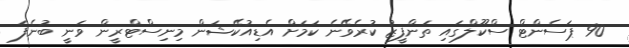
90 ޕަސެންޓް ސްކޫލްގައި ތަންފީޒު ކުރެވޭނެ ކަމަށް އެޑިއުކޭޝަން މިނިސްޓްރީން ވަނީ ބުނެފަ